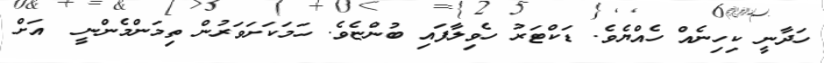
ހަދާނީ ކިހިނެއް ހެއްޔެވެ. ޑަކްޓަރު ހެވިލާފައި ބުންޏެވެ. ހަމަކަށަވަރުން ތިމަންމެންނީ  އަށް